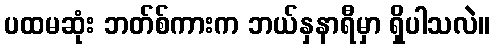
ပထမဆုံး ဘတ်စ်ကားက ဘယ်နှနာရီမှာ ရှိပါသလဲ။